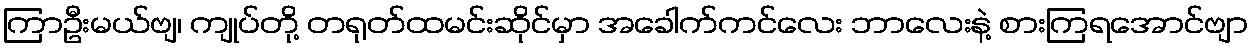
ကြာဦးမယ်ဗျ၊ ကျုပ်တို့ တရုတ်ထမင်းဆိုင်မှာ အခေါက်ကင်လေး ဘာလေးနဲ့ စားကြရအောင်ဗျာ